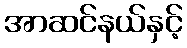
အာဆင်နယ်နှင့်